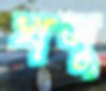
খসু